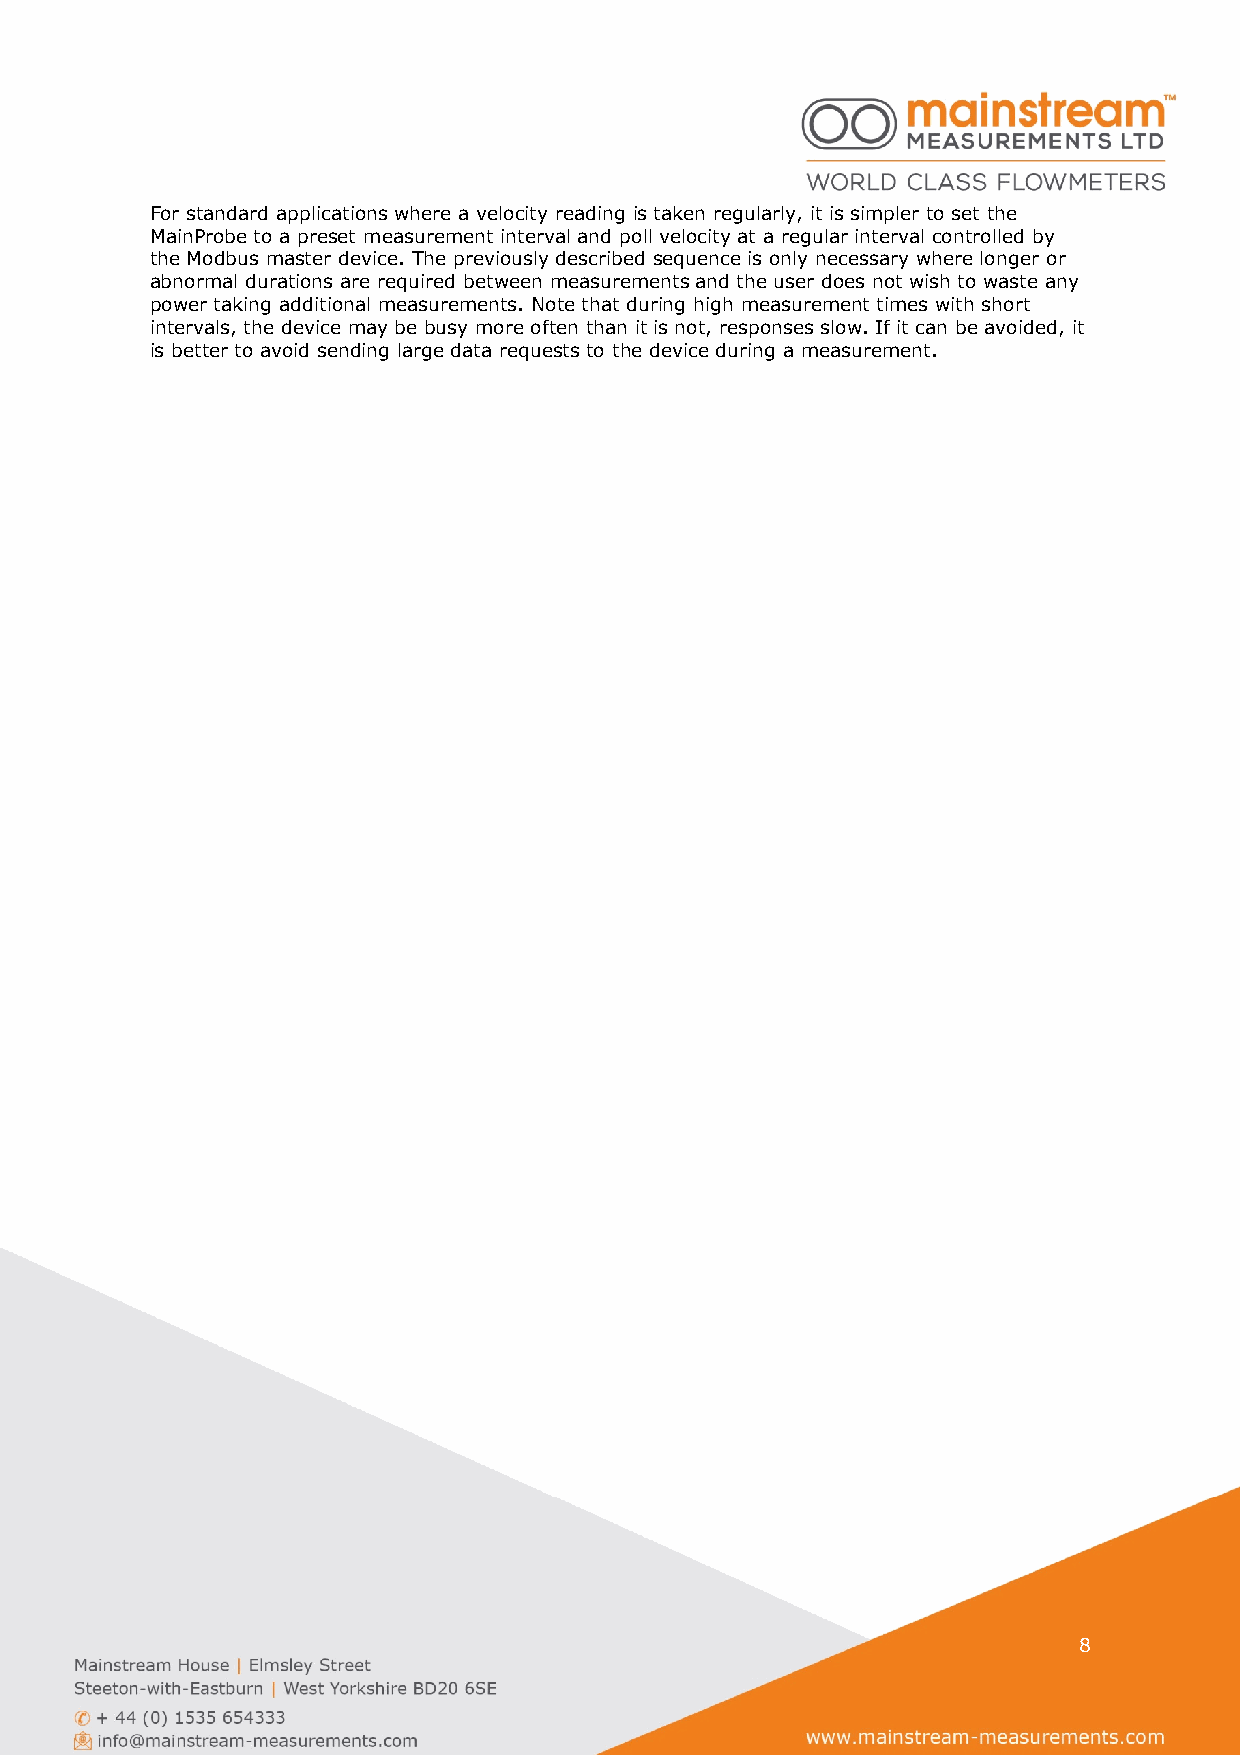
For standard applications where a velocity reading is taken regularly, it is simpler to set the
 MainProbe to a preset measurement interval and poll velocity at a regular interval controlled by
 the Modbus master device. The previously described sequence is only necessary where longer or
 abnormal durations are required between measurements and the user does not wish to waste any
 power taking additional measurements. Note that during high measurement times with short
 intervals, the device may be busy more often than it is not, responses slow. If it can be avoided, it
 is better to avoid sending large data requests to the device during a measurement.
 8